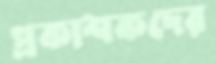
প্রকাশকদের